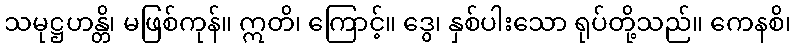
သမုဋ္ဌဟန္တိ၊ မဖြစ်ကုန်။ ဣတိ၊ ကြောင့်။ ဒွေ၊ နှစ်ပါးသော ရုပ်တို့သည်။ ကေနစိ၊